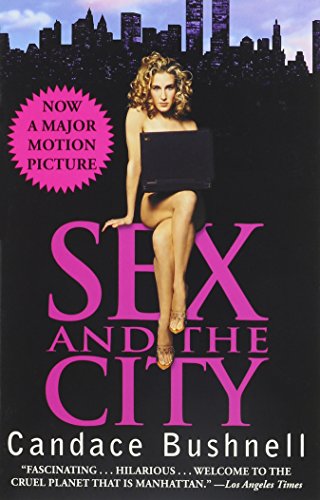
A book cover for Sex and the City; Candace Bushnell; Literature & Fiction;